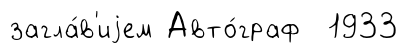
загла́в'иjем Авто́граф 1933